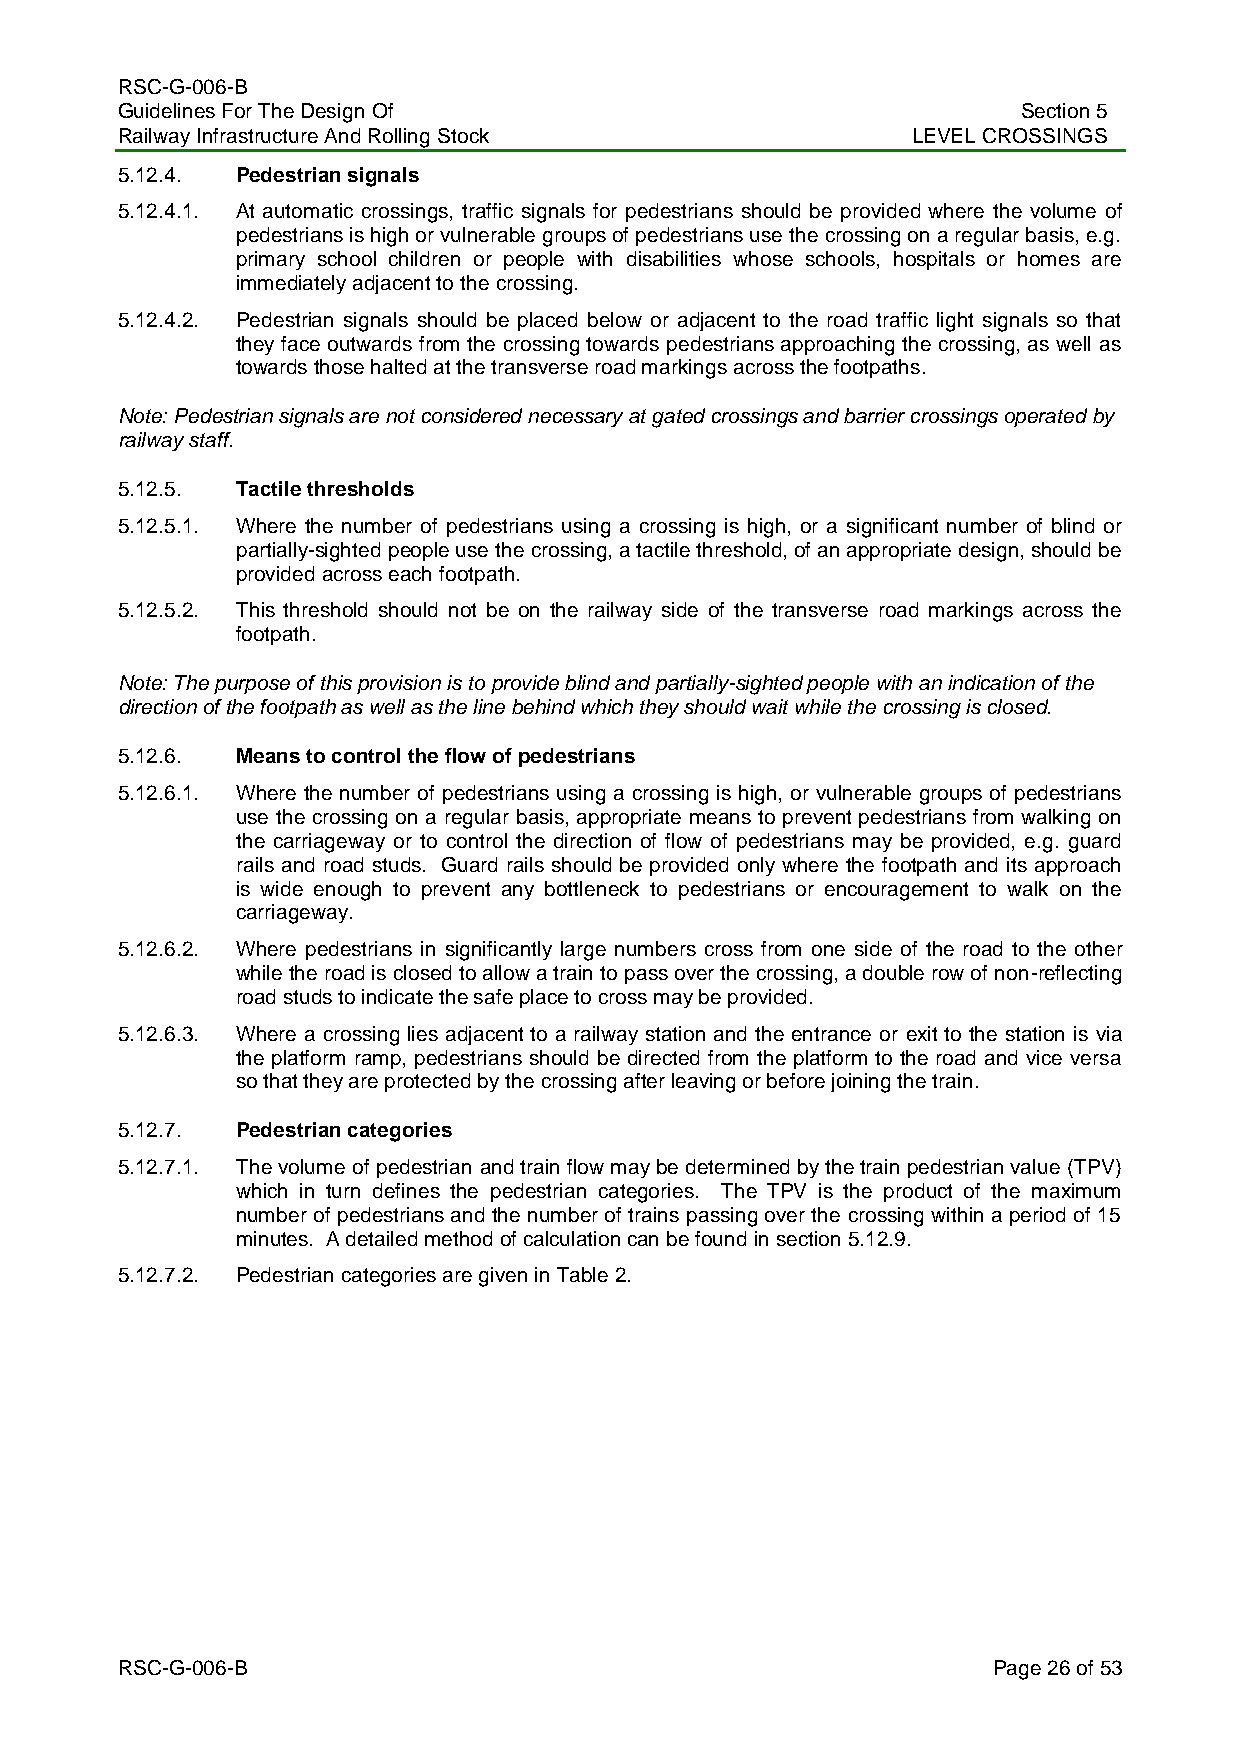
RSC-G-006-B
 Guidelines For The Design Of                                Section 5
 Railway Infrastructure And Rolling Stock            LEVEL CROSSINGS
 5.12.4. Pedestrian signals
 5.12.4.1. At automatic crossings, traffic signals for pedestrians should be provided where the volume of
 pedestrians is high or vulnerable groups of pedestrians use the crossing on a regular basis, e.g.
 primary school children or people with disabilities whose schools, hospitals or homes are
 immediately adjacent to the crossing.
 5.12.4.2. Pedestrian signals should be placed below or adjacent to the road traffic light signals so that
 they face outwards from the crossing towards pedestrians approaching the crossing, as well as
 towards those halted at the transverse road markings across the footpaths.
 Note: Pedestrian signals are not considered necessary at gated crossings and barrier crossings operated by
 railway staff.
 5.12.5. Tactile thresholds
 5.12.5.1. Where the number of pedestrians using a crossing is high, or a significant number of blind or
 partially-sighted people use the crossing, a tactile threshold, of an appropriate design, should be
 provided across each footpath.
 5.12.5.2. This threshold should not be on the railway side of the transverse road markings across the
 footpath.
 Note: The purpose of this provision is to provide blind and partially-sighted people with an indication of the
 direction of the footpath as well as the line behind which they should wait while the crossing is closed.
 5.12.6. Means to control the flow of pedestrians
 5.12.6.1. Where the number of pedestrians using a crossing is high, or vulnerable groups of pedestrians
 use the crossing on a regular basis, appropriate means to prevent pedestrians from walking on
 the carriageway or to control the direction of flow of pedestrians may be provided, e.g. guard
 rails and road studs. Guard rails should be provided only where the footpath and its approach
 is wide enough to prevent any bottleneck to pedestrians or encouragement to walk on the
 carriageway.
 5.12.6.2. Where pedestrians in significantly large numbers cross from one side of the road to the other
 while the road is closed to allow a train to pass over the crossing, a double row of non-reflecting
 road studs to indicate the safe place to cross may be provided.
 5.12.6.3. Where a crossing lies adjacent to a railway station and the entrance or exit to the station is via
 the platform ramp, pedestrians should be directed from the platform to the road and vice versa
 so that they are protected by the crossing after leaving or before joining the train.
 5.12.7. Pedestrian categories
 5.12.7.1. The volume of pedestrian and train flow may be determined by the train pedestrian value (TPV)
 which in turn defines the pedestrian categories. The TPV is the product of the maximum
 number of pedestrians and the number of trains passing over the crossing within a period of 15
 minutes. A detailed method of calculation can be found in section 5.12.9.
 5.12.7.2. Pedestrian categories are given in Table 2.
 RSC-G-006-B                                               Page 26 of 53